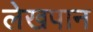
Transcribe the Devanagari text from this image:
लेखपान